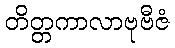
တိတ္တကာလာဗုဗီဇံ